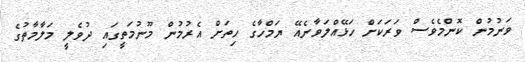
ވަނުމުން ކޮންމެވެސް ވަރަކަށް ހަޅޭއްލަވާނެއޭ ޔަމްހާގެ ހިތަށް އެރުމުން މޫނުމަތީގައި ދުވެލީ މަލާމާތުގެ